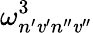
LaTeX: \omega_{n^{\prime}\mathit{v}^{\prime}n^{\prime\prime}\mathit{v}^{\prime\prime}}^{3}